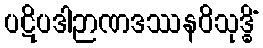
ပဋိပဒါဉာဏဒဿနဝိသုဒ္ဓိံ